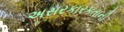
અસરકારકતાની